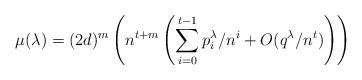
LaTeX: \begin{align*}\mu(\lambda)=(2d)^m\left(n^{t+m}\left(\sum_{i=0}^{t-1}p_i^\lambda/n^i+O(q^\lambda/n^t)\right)\right)\end{align*}